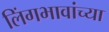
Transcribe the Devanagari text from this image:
लिंगभावांच्या